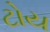
ટોય